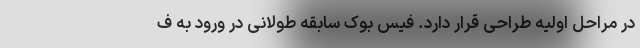
در مراحل اولیه طراحی قرار دارد. فیس بوک سابقه طولانی در ورود به ف